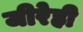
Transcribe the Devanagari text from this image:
जीरेही